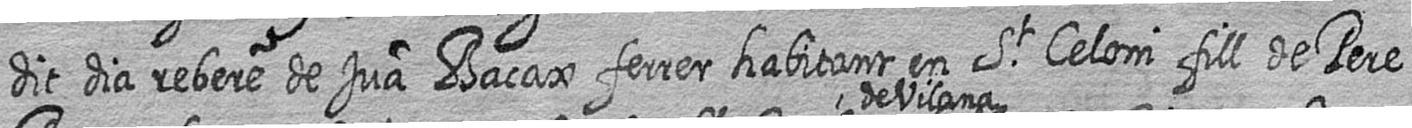
dit dia rebere de Juan Bacax ferrer habitant en St Celoni fill de Pere